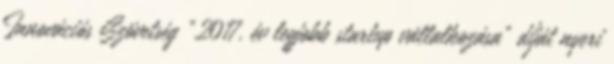
Innovációs Szövetség "2017. év legjobb startup vállalkozása" díját nyeri